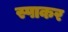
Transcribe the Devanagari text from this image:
स्पाकर